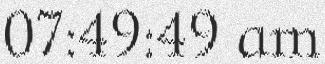
07:49:49 am